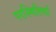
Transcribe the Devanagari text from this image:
परस्थितियां